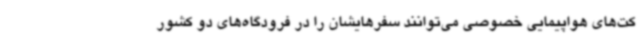
کت‌های هواپیمایی خصوصی می‌توانند سفرهایشان را در فرودگاه‌های دو کشور